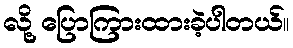
လို့ ပြောကြားထားခဲ့ပါတယ်။